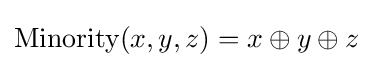
\operatorname {Minority} (x,y,z)=x\oplus y\oplus z